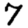
Digit: 7